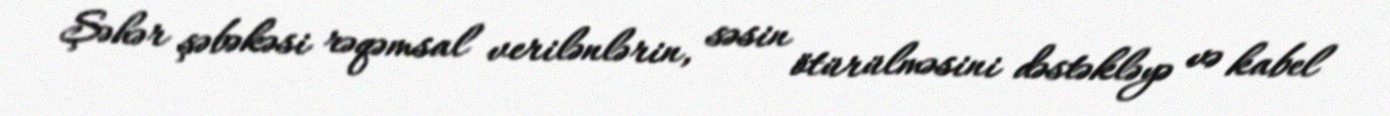
Şəhər şəbəkəsi rəqəmsal verilənlərin, səsin ötürülməsini dəstəkləyə və kabel